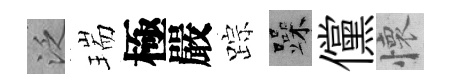
泛瑞極嚴踪躁儻懷